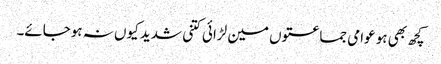
کچھ بھی ہو عوامی جماعتوں مین لڑائی کتنی شدید کیوں نہ ہوجائے۔